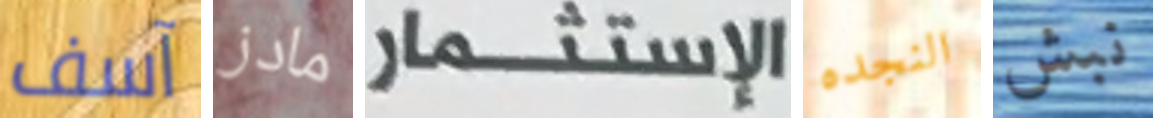
آسف مادز الإستثمار النجده نبش